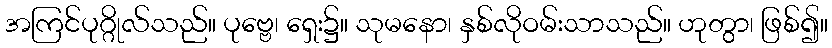
အကြင်ပုဂ္ဂိုလ်သည်။ ပုဗ္ဗေ၊ ရှေး၌။ သုမနော၊ နှစ်လိုဝမ်းသာသည်။ ဟုတွာ၊ ဖြစ်၍။